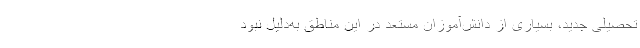
تحصیلی جدید، بسیاری از دانش‌آموزان مستعد در این مناطق به‌دلیل نبود